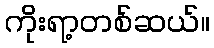
ကိုးရာ့တစ်ဆယ်။